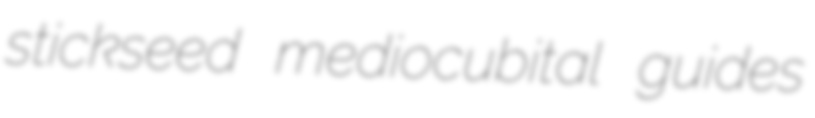
stickseed mediocubital guides